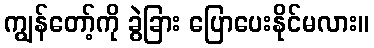
ကျွန်တော့်ကို ခွဲခြား ပြောပေးနိုင်မလား။